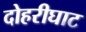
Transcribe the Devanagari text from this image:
दोहरीघाट